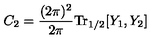
C _ { 2 } = \frac { ( 2 \pi ) ^ { 2 } } { 2 \pi } \mathrm { T r } _ { 1 / 2 } [ Y _ { 1 } , Y _ { 2 } ]